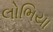
લોભિયા